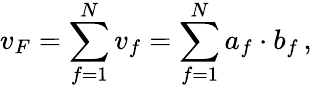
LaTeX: v_{F}=\sum_{f=1}^{N}v_{f}=\sum_{f=1}^{N}a_{f}\cdot b_{f}\, ,